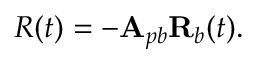
R ( t ) = - \mathbf { A } _ { p b } \mathbf { R } _ { b } ( t ) .